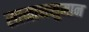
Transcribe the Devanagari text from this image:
सामानसुमान